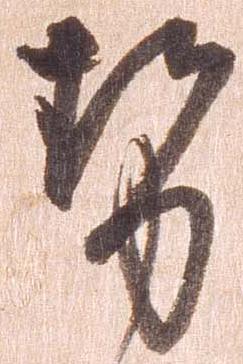
せ